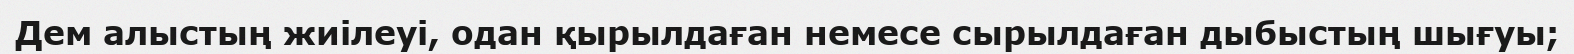
Дем алыстың жиілеуі, одан қырылдаған немесе сырылдаған дыбыстың шығуы;